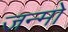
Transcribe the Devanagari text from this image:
जन्मो